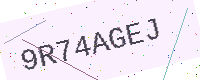
Text: 9R74AGEJ